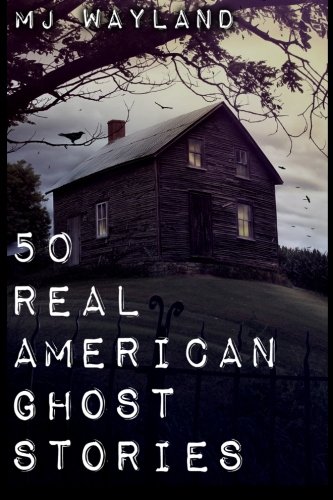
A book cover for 50 Real American Ghost Stories: A journey into the haunted history of the United States - 1800 to 1899; M J Wayland; Religion & Spirituality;